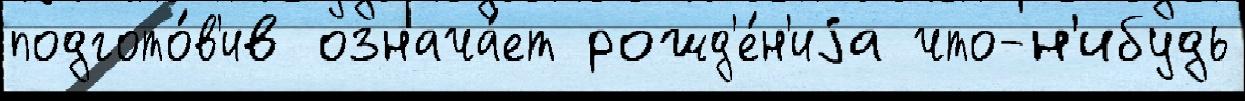
подгото́в'ив означа́ет рожд'е́н'иjа что-н'ибудь